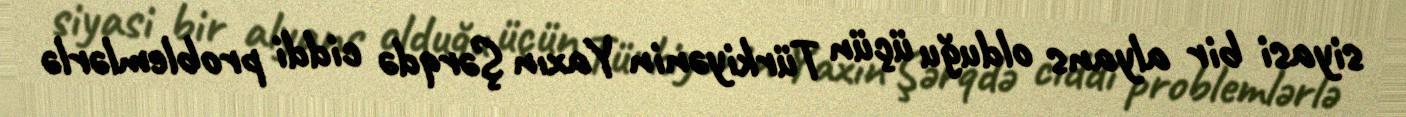
siyasi bir alyans olduğu üçün Türkiyənin Yaxın Şərqdə ciddi problemlərlə